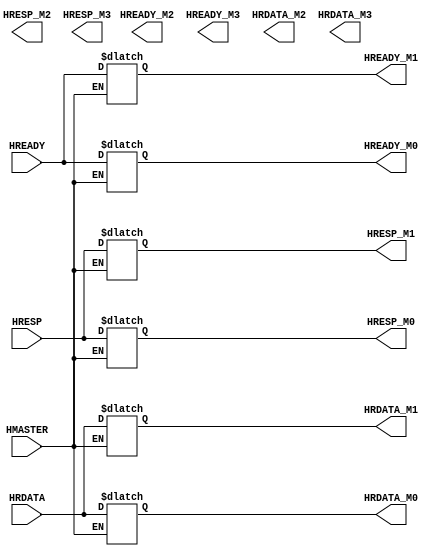
module mux_s2m (
    input wire HMASTER,
    input wire HREADY,
    input wire [31:0] HRDATA,
    input wire [1:0] HRESP,
    output reg HREADY_M0,
    output reg HREADY_M1,
    output reg HREADY_M2,
    output reg HREADY_M3,
    output reg [31:0] HRDATA_M0,
    output reg [31:0] HRDATA_M1,
    output reg [31:0] HRDATA_M2,
    output reg [31:0] HRDATA_M3,
    output reg [1:0] HRESP_M0,
    output reg [1:0] HRESP_M1,
    output reg [1:0] HRESP_M2,
    output reg [1:0] HRESP_M3
);

//HMASTER[3:0]
parameter M0 = 0;
parameter M1 = 1;
parameter M2 = 2;
parameter M3 = 3;

always @* begin
    case(HMASTER)
    M1: begin
        HREADY_M1 <= HREADY;
        HRDATA_M1 <= HRDATA;
        HRESP_M1 <= HRESP;
    end
    M2: begin
        HREADY_M2 <= HREADY;
        HRDATA_M2 <= HRDATA;
        HRESP_M2 <= HRESP;
    end
    M3: begin
        HREADY_M3 <= HREADY;
        HRDATA_M3 <= HRDATA;
        HRESP_M3 <= HRESP;
    end
    default: begin
        HREADY_M0 <= HREADY;
        HRDATA_M0 <= HRDATA;
        HRESP_M0 <= HRESP;
    end
    endcase
end

endmodule